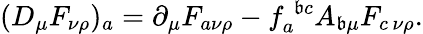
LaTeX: (D_{\mu}F_{\nu\rho})_{a}=\partial_{\mu}F_{a\nu\rho}-f_{a}^{\; \mathfrak{b}c}A_{\mathfrak{b}\mu}F_{c\, \nu\rho}.